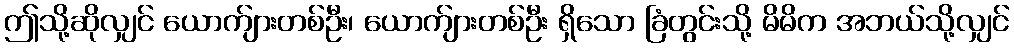
ဤသို့ဆိုလျှင် ယောက်ျားတစ်ဦး၊ ယောက်ျားတစ်ဦး ရှိသော ခြံတွင်းသို့ မိမိက အဘယ်သို့လျှင်